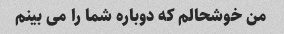
من خوشحالم که دوباره شما را می بینم